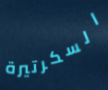
السكرتيرة